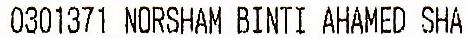
0301371 NORSHAM BINTI AHAMED SHA